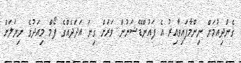
ގެންދިއުމަށް ނިންމާފައިވާއިރު އެ ފައުންޑޭޝަނުން ވަރަށް ގިނަ އަދަދެއްގެ ފޯމް މިއަދުގެ ނިޔަލަށް